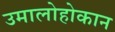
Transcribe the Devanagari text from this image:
उमालोहोकान